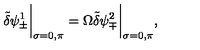
\tilde { \delta } \psi _ { \pm } ^ { 1 } \bigg | _ { \sigma = 0 , \pi } = \Omega \tilde { \delta } \psi _ { \mp } ^ { 2 } \bigg | _ { \sigma = 0 , \pi } ,